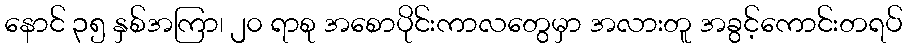
နောင် ၃၅ နှစ်အကြာ၊ ၂၀ ရာစု အစောပိုင်းကာလတွေမှာ အလားတူ အခွင့်ကောင်းတရပ်